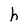
Character: h